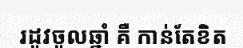
រដូវចូលឆ្នាំ គឺ កាន់តែខិត